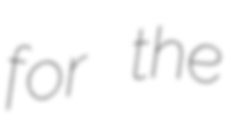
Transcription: for the